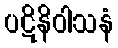
ပဋိနိဝါသနံ